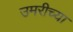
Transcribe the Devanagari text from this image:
उमरीच्या